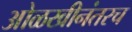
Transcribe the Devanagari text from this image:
ओळखीनंतरच